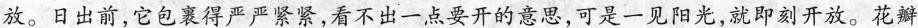
放。日出前，它包裹得严严紧紧，看不出一点要开的意思，可是一见阳光，就即刻开放。花瓣